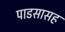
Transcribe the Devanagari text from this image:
पाडसासह